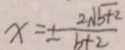
x = \pm \frac { 2 \sqrt { b + 2 } } { b + 2 }